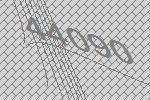
44090